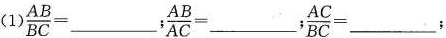
（1）$$\frac { A B } { B C } = ___$$；$$\frac { A B } { A C } = ___$$；$$\frac { A C } { B C } = ___$$；